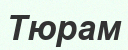
Тюрам